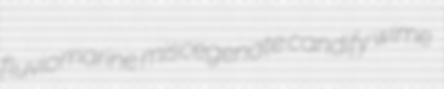
fluviomarine miscegenate candify wime